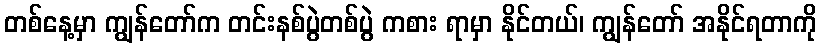
တစ်နေ့မှာ ကျွန်တော်က တင်းနစ်ပွဲတစ်ပွဲ ကစား ရာမှာ နိုင်တယ်၊ ကျွန်တော် အနိုင်ရတာကို